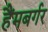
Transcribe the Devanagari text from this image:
हैंमबर्गर